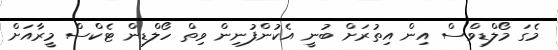
މެގަ މޯލްޑިވްސް އިން އިތުރަށް ބުނީ އެކުންފުނިން ވިތް ހޯލްޑިން ޓެކްސް މީރާއަށް